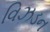
વિઝડન